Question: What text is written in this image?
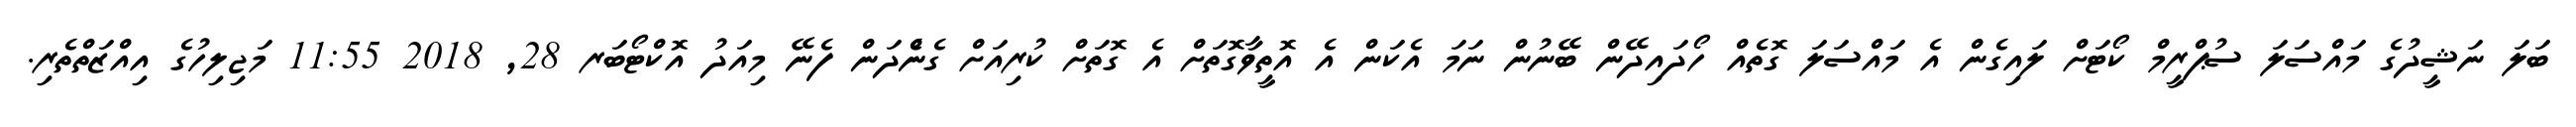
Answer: ބަލަ ނަޝީދުގެ މައްސަލަ ސުޕްރީމް ކޯޓަށް ލައިގެން އެ މައްސަލަ ގޮތެއް ހޯދައިދޭން ބޭނުން ނަމަ އެކަން އެ އޮތީވާގޮތަށް އެ ގޮތަށް ކުރިއަށް ގެންެދަން ފެނޭ މިއަދު އޮކްޓޯބަރ 28, 2018 11:55 މަޖިލިހުގެ އިއްޒަތްތެރި.